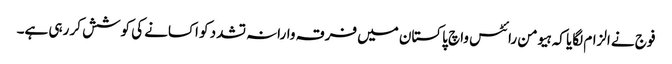
فوج نے الزام لگایا کہ ہیومن رائٹس واچ پاکستان میں فرقہ وارانہ تشدد کو اکسانے کی کوشش کر رہی ہے۔